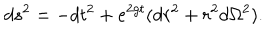
LaTeX: d s ^ { 2 } = - d t ^ { 2 } + e ^ { 2 g t } ( d r ^ { 2 } + r ^ { 2 } d \Omega ^ { 2 } ) .